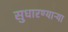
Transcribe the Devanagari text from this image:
सुधारण्याऱ्या